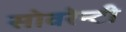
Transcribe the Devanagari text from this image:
सोवरेन्टी